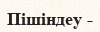
Пішіндеу -